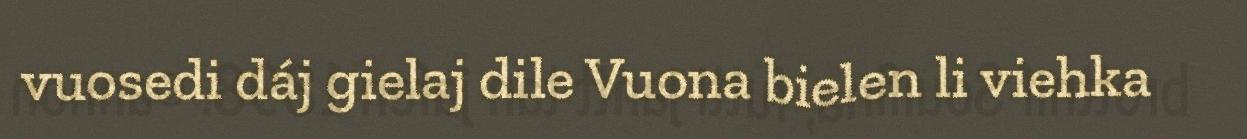
vuosedi dáj gielaj dile Vuona bielen li viehka